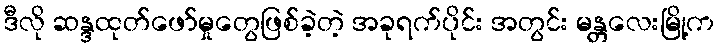
ဒီလို ဆန္ဒထုတ်ဖော်မှုတွေဖြစ်ခဲ့တဲ့ အခုရက်ပိုင်း အတွင်း မန္တလေးမြို့က